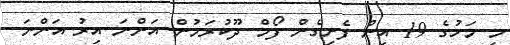
މި މަހުގެ 19 އިން ފެށިގެން ފޯމް ދޫކުރަމުން އަންނަ އިރު އަންނަ